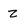
Character: z